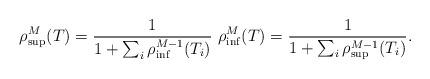
LaTeX: \begin{align*} \rho^M_{\sup}(T)=\frac{1}{1+\sum_{i}\rho^{M-1}_{\inf}(T_i)} \, \, \rho^M_{\inf}(T)=\frac{1}{1+\sum_{i}\rho^{M-1}_{\sup}(T_i)}.\end{align*}